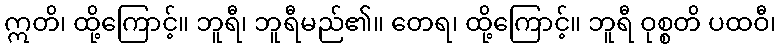
ဣတိ၊ ထို့ကြောင့်။ ဘူရီ၊ ဘူရီမည်၏။ တေရ၊ ထို့ကြောင့်။ ဘူရီ ဝုစ္စတိ ပထဝီ၊